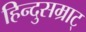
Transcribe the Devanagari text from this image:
हिन्दुसम्राट्